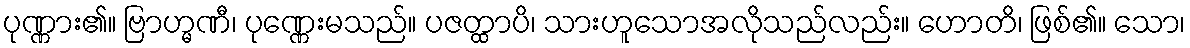
ပုဏ္ဏား၏။ ဗြာဟ္မဏီ၊ ပုဏ္ဏေးမသည်။ ပဇတ္ထာပိ၊ သားဟူသောအလိုသည်လည်း။ ဟောတိ၊ ဖြစ်၏။ သော၊